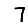
Digit: 7